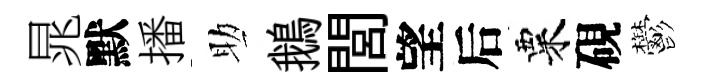
晁默播助鵝閭望后粟硯鬱